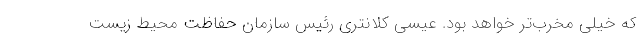
که خیلی مخرب‌تر خواهد بود. عیسی کلانتری رئیس سازمان حفاظت محیط زیست